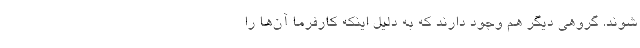
‌شوند. گروهی دیگر هم وجود دارند که به دلیل اینکه کارفرما آن‌ها را